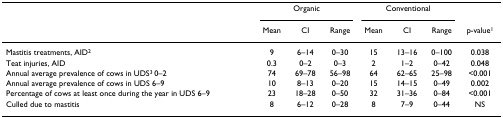
|  | <COLSPAN=3> Organic | <COLSPAN=3> Conventional |  |
 |  | Mean | CI | Range | Mean | CI | Range | p-value1 |
 | --- | --- | --- | --- | --- | --- | --- | --- |
 | Mastitis treatments, AID2 | 9 | 6–14 | 0–30 | 15 | 13–16 | 0–100 | 0.038 |
 | Teat injuries, AID | 0.3 | 0–2 | 0–3 | 2 | 1–2 | 0–42 | 0.048 |
 | Annual average prevalence of cows in UDS3 0–2 | 74 | 69–78 | 56–98 | 64 | 62–65 | 25–98 | <0.001 |
 | Annual average prevalence of cows in UDS 6–9 | 10 | 8–13 | 0–20 | 15 | 14–15 | 0–49 | 0.002 |
 | Percentage of cows at least once during the year in UDS 6–9 | 23 | 18–28 | 0–50 | 32 | 31–36 | 0–84 | <0.001 |
 | Culled due to mastitis | 8 | 6–12 | 0–28 | 8 | 7–9 | 0–44 | NS |